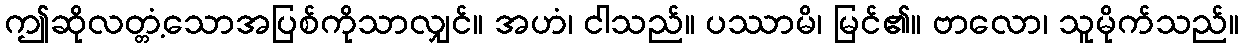
ဤဆိုလတ္တံ့သောအပြစ်ကိုသာလျှင်။ အဟံ၊ ငါသည်။ ပဿာမိ၊ မြင်၏။ ဗာလော၊ သူမိုက်သည်။